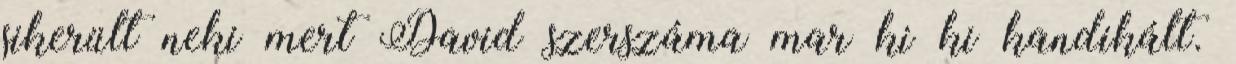
sikerült neki mert David szerszáma mar ki ki kandikált.